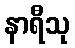
နာရီသု